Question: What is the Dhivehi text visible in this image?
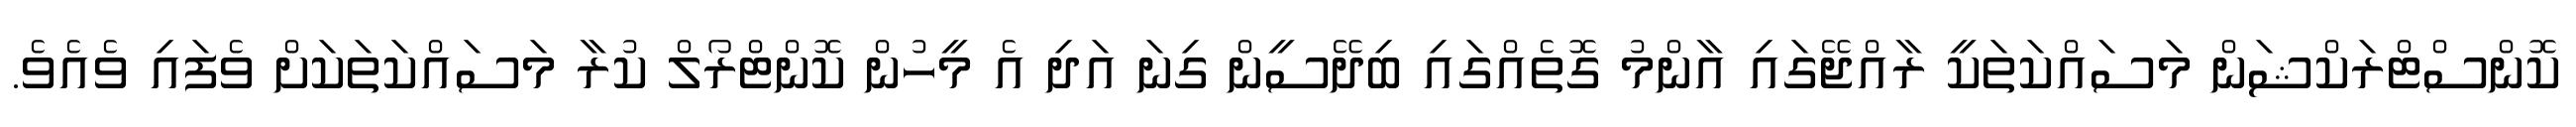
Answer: ކޮންސްޓްރަކްޝަން މަސައްކަތަކީ ރާއްޖޭގައި އާންމު ގޮތެއްގައި ބިދޭސީން ގިނަ އަދި އެ މީހުން ކޮންޓްރޯލް ކުރާ މަސައްކަތަކަށް ވެފައި ވެއެވެ.